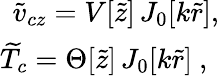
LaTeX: \begin{array}{r}{{\widetilde{v}}_{cz}=V[\widetilde{z}]\, J_{0}[k\widetilde{r}],}\\ {{\widetilde{T}_{c}}=\Theta[\widetilde{z}]\, J_{0}[k\widetilde{r}]\ ,\ }\end{array}